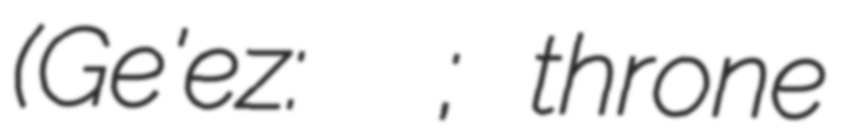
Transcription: (Ge'ez: ንዋየ ክርስቶስ; throne